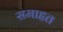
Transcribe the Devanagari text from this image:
समाहृत